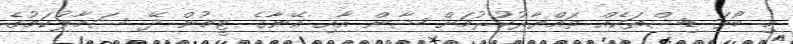
މި ބޯވަ ޑިޝްތަކެއް ތައްޔާރުކުރުމަށް ޝާން އާއި އޭނާގެ ޓީމުން ދޭ ސަމާލުކަމުގެ